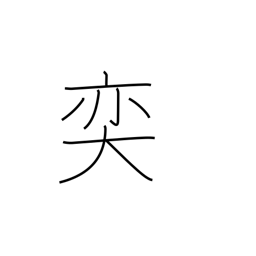
Meaning: large